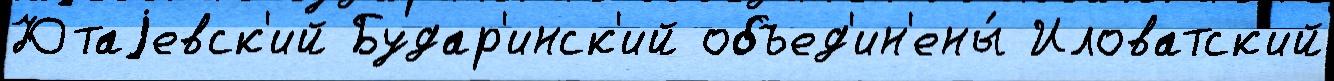
Ютаjевск'ий Будар'инск'ий объед'ин'ены́ Иловатск'ий